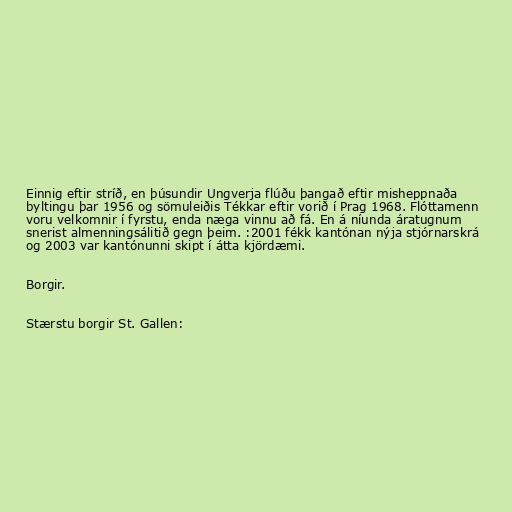
Einnig eftir stríð, en þúsundir Ungverja flúðu þangað eftir misheppnaða
byltingu þar 1956 og sömuleiðis Tékkar eftir vorið í Prag 1968. Flóttamenn
voru velkomnir í fyrstu, enda næga vinnu að fá. En á níunda áratugnum
snerist almenningsálitið gegn þeim. :2001 fékk kantónan nýja stjórnarskrá
og 2003 var kantónunni skipt í átta kjördæmi.

Borgir.

Stærstu borgir St. Gallen: